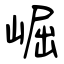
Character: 崛